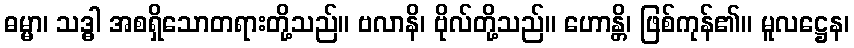
ဓမ္မာ၊ သဒ္ဓါ အစရှိသောတရားတို့သည်။ ဗလာနိ၊ ဗိုလ်တို့သည်။ ဟောန္တိ၊ ဖြစ်ကုန်၏။ မူလဋ္ဌေန၊